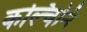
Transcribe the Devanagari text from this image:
कल्चिनि